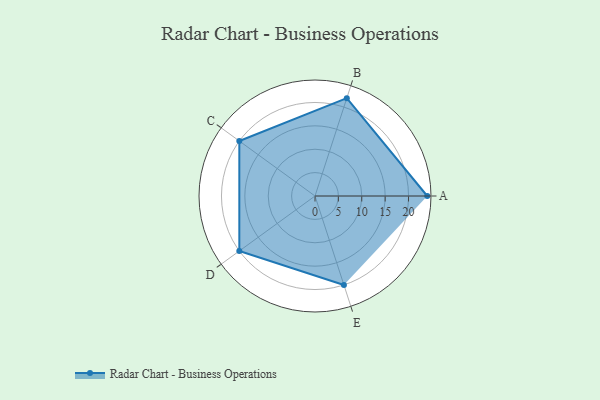
{"axis": {"x": "Skill", "y": "Score"}, "legend": ["Profile"], "data": [{"x": "A", "y": 24.0, "type": "Profile"}, {"x": "B", "y": 22.0, "type": "Profile"}, {"x": "C", "y": 20, "type": "Profile"}, {"x": "D", "y": 20, "type": "Profile"}, {"x": "E", "y": 20, "type": "Profile"}]}